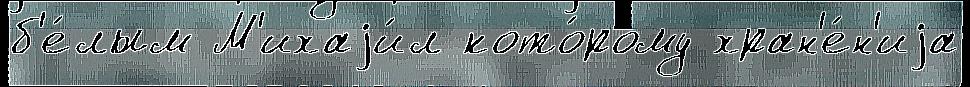
б'е́лым М'ихаjи́л кото́рому хран'е́н'иjа